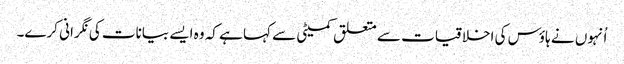
اُنہوں نے ہاؤس کی اخلاقیات سے متعلق کمیٹی سے کہا ہے کہ وہ ایسے بیانات کی نگرانی کرے۔